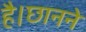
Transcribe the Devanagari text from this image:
है।छानने